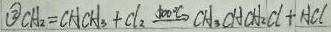
\textcircled { 2 } C H _ { 2 } = C H C H _ { 3 } + C l _ { 2 } \xrightarrow [ 5 0 0 ^ { \circ } C H _ { 3 } C H C H _ { 2 } C l + H C l